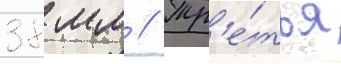
38 мм // Тр'е́тья